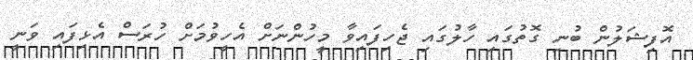
އޮފިޝަލުން ބުނި ގޮތުގައި ހާލުގައި ޖެހިފައިވާ މީހުންނަށް އެހީވުމަށް ހުރަސް އެޅިފައި ވަނީ